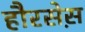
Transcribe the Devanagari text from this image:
हौरसेस़